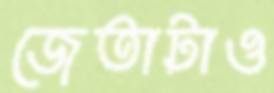
জেতাটাও